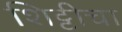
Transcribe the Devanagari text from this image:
शिट्टीचा